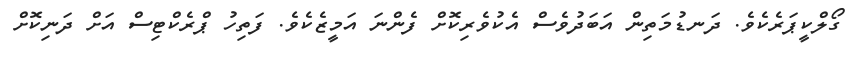
ގޯލްކީޕަރެކެވެ. ދަނޑުމަތިން އަބަދުވެސް އެކުވެރިކޮށް ފެންނަ އަމީޒެކެވެ. ފަތިހު ޕްރެކްޓިސް އަށް ދަނިކޮށް